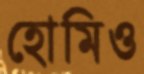
হোমিও